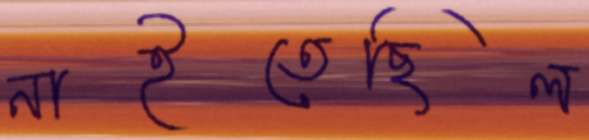
নাইতেছিল